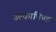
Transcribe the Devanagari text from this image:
उल्‍कापिण्‍ड